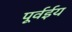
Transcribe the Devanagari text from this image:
पूर्वईय